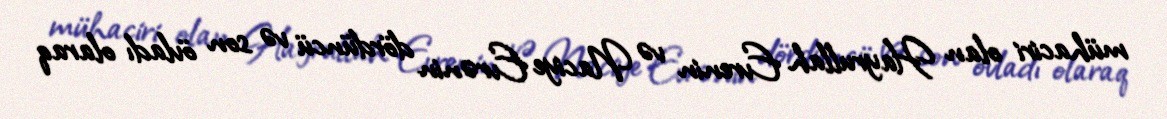
mühaciri olan Hayrullah Evrenin və Naciye Evrənin dördüncü və son övladı olaraq